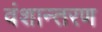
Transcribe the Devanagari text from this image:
वंशान्तरण